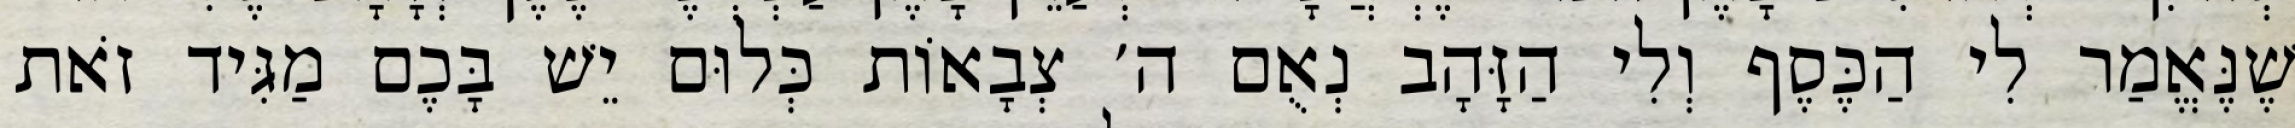
שֶׁנֶּאֱמַר לִי הַכֶּסֶף וְלִי הַזָּהָב נְאֻם ה׳ צְבָאוֹת כְּלוּם יֵשׁ בָּכֶם מַגִּיד זֹאת